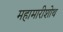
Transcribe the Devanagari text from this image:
महामारीशोथ